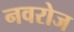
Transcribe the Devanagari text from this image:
नवरोज